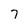
Character: 7